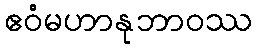
ဧဝံမဟာနုဘာဝဿ